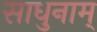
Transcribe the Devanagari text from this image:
साधुनाम्